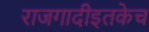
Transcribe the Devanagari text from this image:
राजगादीइतकेच